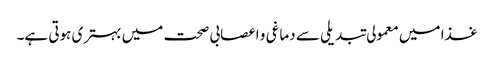
غذا میں معمولی تبدیلی سے دماغی و اعصابی صحت میں بہتری ہوتی ہے۔